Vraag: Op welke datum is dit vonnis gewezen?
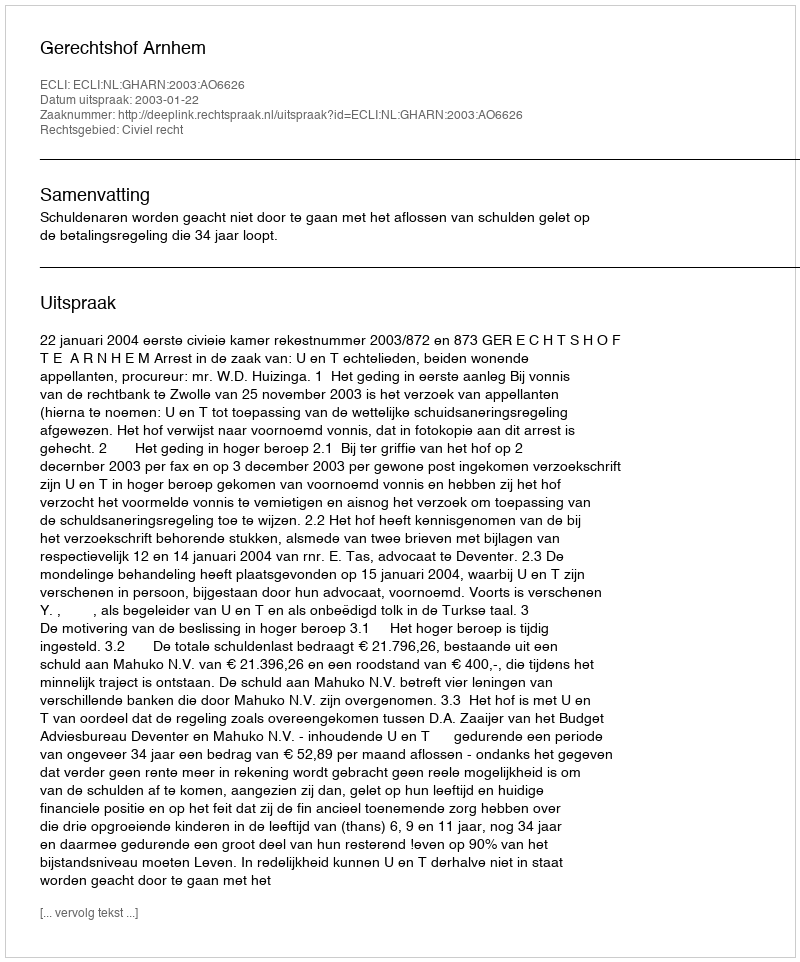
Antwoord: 2003-01-22